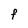
Character: F